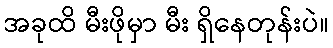
အခုထိ မီးဖိုမှာ မီး ရှိနေတုန်းပဲ။